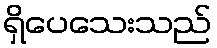
ရှိပေသေးသည်